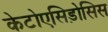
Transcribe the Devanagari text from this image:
केटोएसिड़ोसिस